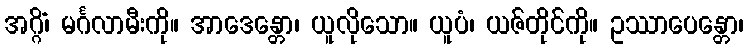
အဂ္ဂိံ၊ မင်္ဂလာမီးကို။ အာဒေန္တော၊ ယူလိုသော။ ယူပံ၊ ယဇ်တိုင်ကို။ ဥဿာပေန္တော၊